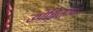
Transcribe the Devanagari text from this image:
उपेक्षितांचा